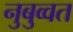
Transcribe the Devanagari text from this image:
नुबुव्वत